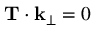
{ \bf T } \cdot { \bf k } _ { \perp } = 0